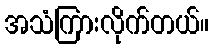
အသံကြားလိုက်တယ်။